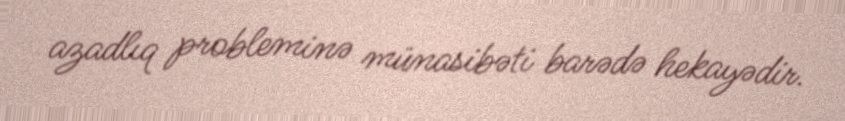
azadlıq probleminə münasibəti barədə hekayədir.